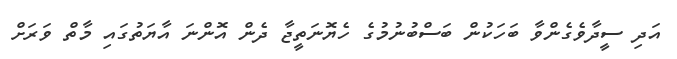
އަދި ސީދާވެގެންވާ ބަހަކުން ބަސްބުނުމުގެ ހެޔޮނަތީޖާ ދެން އޮންނަ އާޔަތުގައި މާތް ވަރަށް